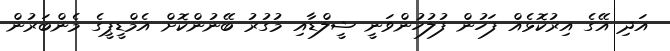
އަދި އޭގެ އިރުކޮޅެއް ފަހުން ފުލުހުންވަނީ ޝީލްޑާއި މުގުރު ބޭނުންކޮށް އެމްޑީޕީގެ މެންބަރުން